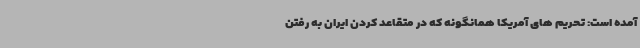
آمده است: تحریم های آمریکا همانگونه که در متقاعد کردن ایران به رفتن